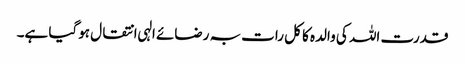
قدرت اللہ کی والدہ کا کل رات بہ رضائے الہی انتقال ہوگیا ہے۔